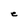
Character: e